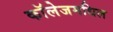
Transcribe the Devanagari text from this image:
काॅलेजमधिल